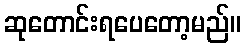
ဆုတောင်းရပေတော့မည်။